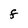
Character: F